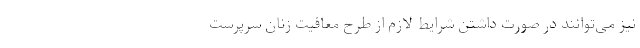
نیز می‌توانند در صورت داشتن شرایط لازم از طرح معافیت زنان سرپرست